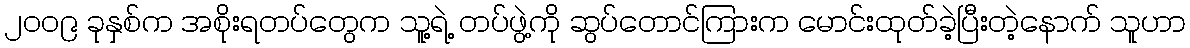
၂၀၀၉ ခုနှစ်က အစိုးရတပ်တွေက သူ့ရဲ့ တပ်ဖွဲ့ကို ဆွပ်တောင်ကြားက မောင်းထုတ်ခဲ့ပြီးတဲ့နောက် သူဟာ